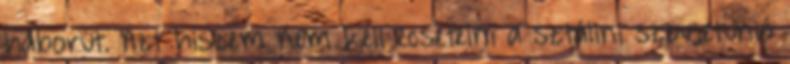
háborút. Azt hiszem nem kell ecsetelni a sztálini szovjetunió